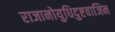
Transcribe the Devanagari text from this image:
राजानोयुधिदुष्टवाजिन